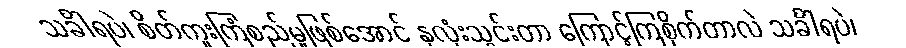
သင်္ခါရပဲ၊ စိတ်ကူးကြံစည်မှုဖြစ်အောင် နှလုံးသွင်းတာ ကြောင့်ကြစိုက်တာလဲ သင်္ခါရပဲ၊